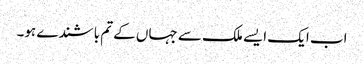
اب ایک ایسے ملک سے جہاں کے تم باشندے ہو۔